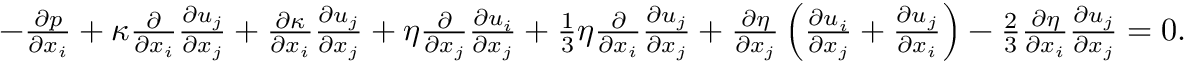
\begin{array} { r } { - \frac { \partial p } { \partial x _ { i } } + \kappa \frac { \partial } { \partial x _ { i } } \frac { \partial u _ { j } } { \partial x _ { j } } + \frac { \partial \kappa } { \partial x _ { i } } \frac { \partial u _ { j } } { \partial x _ { j } } + \eta \frac { \partial } { \partial x _ { j } } \frac { \partial u _ { i } } { \partial x _ { j } } + \frac { 1 } { 3 } \eta \frac { \partial } { \partial x _ { i } } \frac { \partial u _ { j } } { \partial x _ { j } } + \frac { \partial \eta } { \partial x _ { j } } \left( \frac { \partial u _ { i } } { \partial x _ { j } } + \frac { \partial u _ { j } } { \partial x _ { i } } \right) - \frac { 2 } { 3 } \frac { \partial \eta } { \partial x _ { i } } \frac { \partial u _ { j } } { \partial x _ { j } } = 0 . } \end{array}